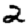
Digit: 2